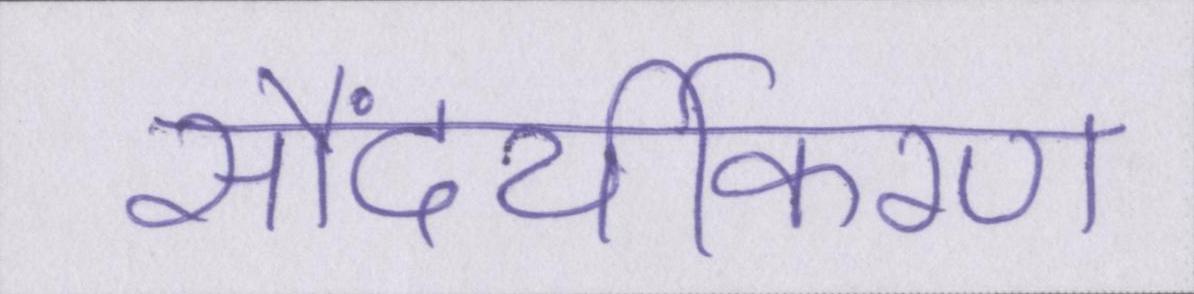
सौंदर्यीकरण